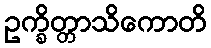
ဥက္ခိတ္တာသိကောတိ